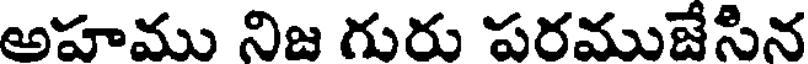
అహము నిజ గురు పరముజేసిన